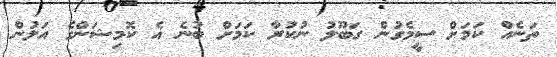
ތަނެއް ކަމަށް ސީމެގުން ގަބޫލު ނުކުރާ ކަމަށް ބުނެ އެ ކޮމިޝަންގެ އަލުން